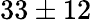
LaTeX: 33\pm 12